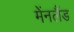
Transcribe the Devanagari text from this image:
मेंनलैंड